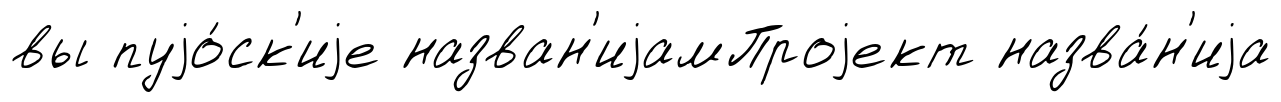
вы пуjо́ск'иjе назван'иjамПроjект назва́н'иjа